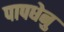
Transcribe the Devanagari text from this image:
पापधेनु